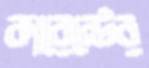
কারেন্টের